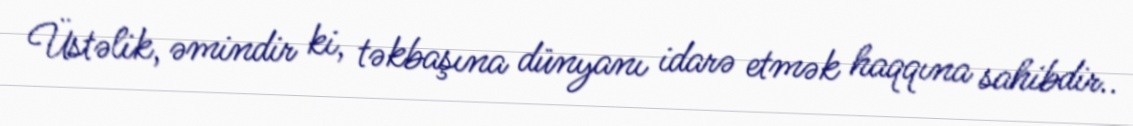
Üstəlik, əmindir ki, təkbaşına dünyanı idarə etmək haqqına sahibdir..